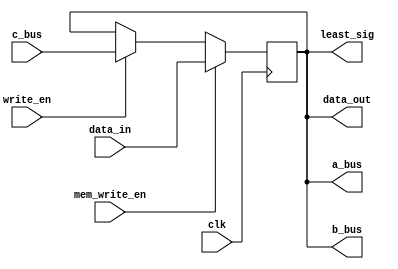

module data_register(write_en,data_in,data_out,a_bus,b_bus,c_bus,least_sig,clk,mem_write_en);
	input write_en,clk,mem_write_en;
	reg [15:0] memory;
	output [15:0] a_bus, b_bus,least_sig, data_out;
	input [15:0] c_bus, data_in;
	//output [15:0]check_a;
	
	always@(posedge clk)
		begin 
			if(write_en) memory = c_bus;
			if(mem_write_en) memory = data_in;
		end
	
	assign a_bus=memory;
	assign b_bus=memory;
	assign data_out =memory;
	assign least_sig = memory;
	//assign check_a=memory;
			
endmodule